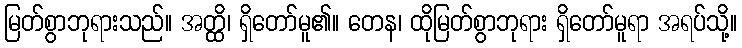
မြတ်စွာဘုရားသည်။ အတ္ထိ၊ ရှိတော်မူ၏။ တေန၊ ထိုမြတ်စွာဘုရား ရှိတော်မူရာ အရပ်သို့။